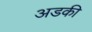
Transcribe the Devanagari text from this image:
अडकी